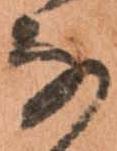
な